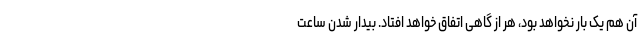
آن هم یک بار نخواهد بود، هر از گاهی اتفاق خواهد افتاد. بیدار شدن ساعت